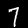
Digit: 7